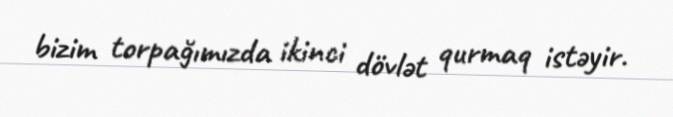
bizim torpağımızda ikinci dövlət qurmaq istəyir.